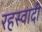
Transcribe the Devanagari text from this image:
रहस्वादी